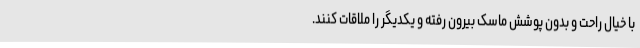
با خیال راحت و بدون پوشش ماسک بیرون رفته و یکدیگر را ملاقات کنند.